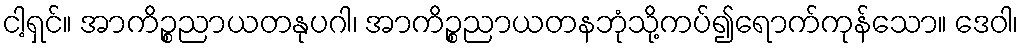
ငါ့ရှင်။ အာကိဉ္စညာယတနုပဂါ၊ အာကိဉ္စညာယတနဘုံသို့ကပ်၍ရောက်ကုန်သော။ ဒေဝါ၊